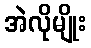
အဲလိုမျိုး